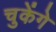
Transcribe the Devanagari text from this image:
चुकेंगे